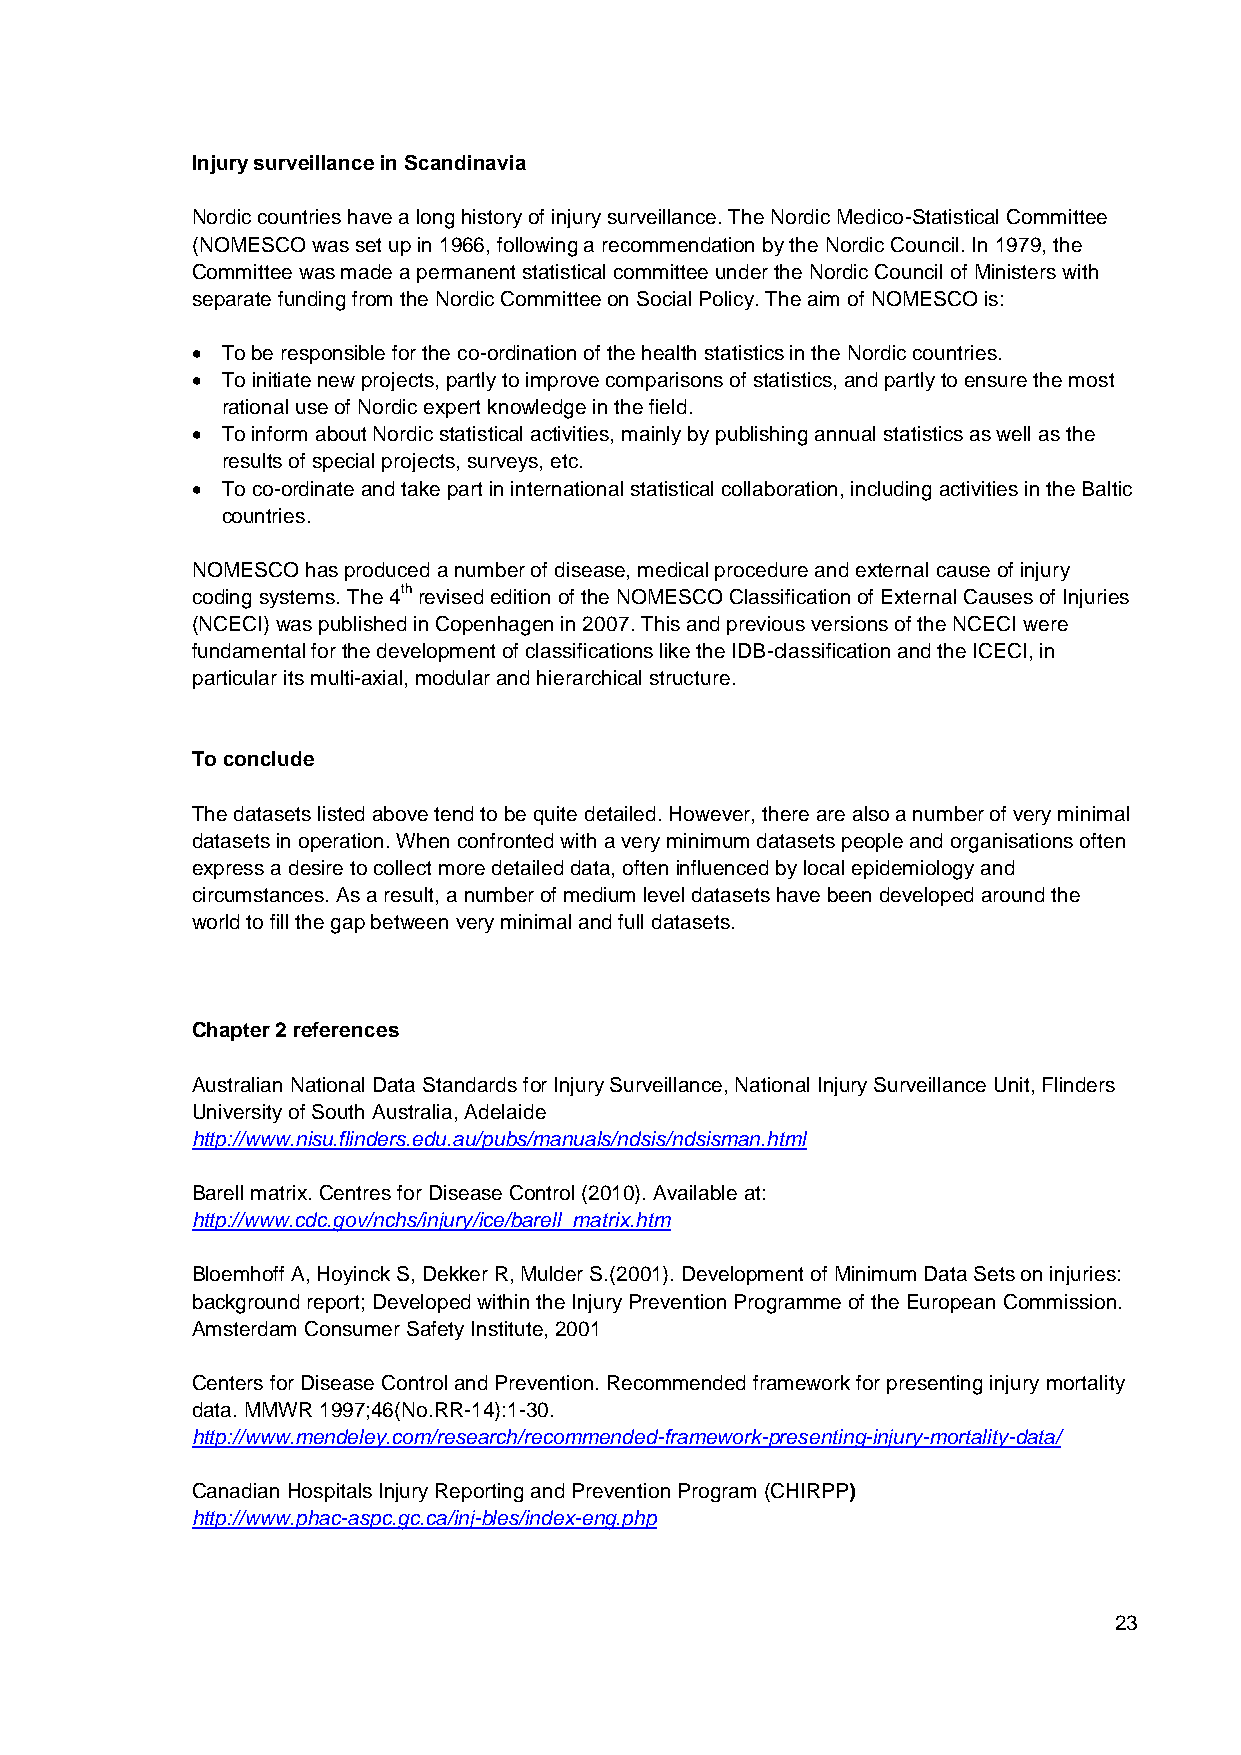
Injury surveillance in Scandinavia
 Nordic countries have a long history of injury surveillance. The Nordic Medico-Statistical Committee
 (NOMESCO was set up in 1966, following a recommendation by the Nordic Council. In 1979, the
 Committee was made a permanent statistical committee under the Nordic Council of Ministers with
 separate funding from the Nordic Committee on Social Policy. The aim of NOMESCO is:
  To be responsible for the co-ordination of the health statistics in the Nordic countries.
  To initiate new projects, partly to improve comparisons of statistics, and partly to ensure the most
 rational use of Nordic expert knowledge in the field.
  To inform about Nordic statistical activities, mainly by publishing annual statistics as well as the
 results of special projects, surveys, etc.
  To co-ordinate and take part in international statistical collaboration, including activities in the Baltic
 countries.
 NOMESCO has produced a number of disease, medical procedure and external cause of injury
 coding systems. The 4th revised edition of the NOMESCO Classification of External Causes of Injuries
 (NCECI) was published in Copenhagen in 2007. This and previous versions of the NCECI were
 fundamental for the development of classifications like the IDB-classification and the ICECI, in
 particular its multi-axial, modular and hierarchical structure.
 To conclude
 The datasets listed above tend to be quite detailed. However, there are also a number of very minimal
 datasets in operation. When confronted with a very minimum datasets people and organisations often
 express a desire to collect more detailed data, often influenced by local epidemiology and
 circumstances. As a result, a number of medium level datasets have been developed around the
 world to fill the gap between very minimal and full datasets.
 Chapter 2 references
 Australian National Data Standards for Injury Surveillance, National Injury Surveillance Unit, Flinders
 University of South Australia, Adelaide
 http://www.nisu.flinders.edu.au/pubs/manuals/ndsis/ndsisman.html
 Barell matrix. Centres for Disease Control (2010). Available at:
 http://www.cdc.gov/nchs/injury/ice/barell_matrix.htm
 Bloemhoff A, Hoyinck S, Dekker R, Mulder S.(2001). Development of Minimum Data Sets on injuries:
 background report; Developed within the Injury Prevention Programme of the European Commission.
 Amsterdam Consumer Safety Institute, 2001
 Centers for Disease Control and Prevention. Recommended framework for presenting injury mortality
 data. MMWR 1997;46(No.RR-14):1-30.
 http://www.mendeley.com/research/recommended-framework-presenting-injury-mortality-data/
 Canadian Hospitals Injury Reporting and Prevention Program (CHIRPP)
 http://www.phac-aspc.gc.ca/inj-bles/index-eng.php
 23